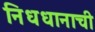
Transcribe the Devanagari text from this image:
निधधानाची